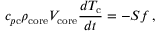
c _ { p \mathrm { c } } \rho _ { \mathrm { c o r e } } V _ { \mathrm { c o r e } } \frac { d T _ { \mathrm { c } } } { d t } = - S f \, ,